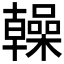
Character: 𫧭